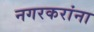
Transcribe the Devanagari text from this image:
नगरकरांना